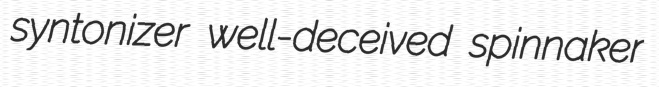
syntonizer well-deceived spinnaker